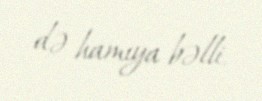
də hamıya bəlli.